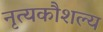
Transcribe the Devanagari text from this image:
नृत्यकौशल्य